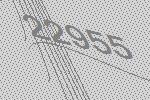
22955